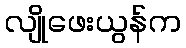
လျိုဖေးယွန်က